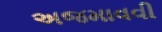
અજમાવવી